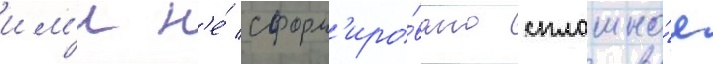
им'и н'е́ сформ'иро́вано сплошно́е